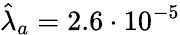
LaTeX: \hat{\lambda}_{a}=2.6\cdot 10^{-5}